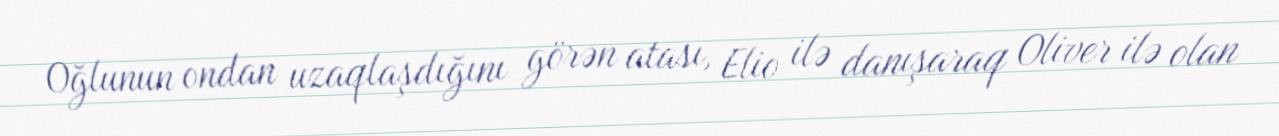
Oğlunun ondan uzaqlaşdığını görən atası, Elio ilə danışaraq Oliver ilə olan